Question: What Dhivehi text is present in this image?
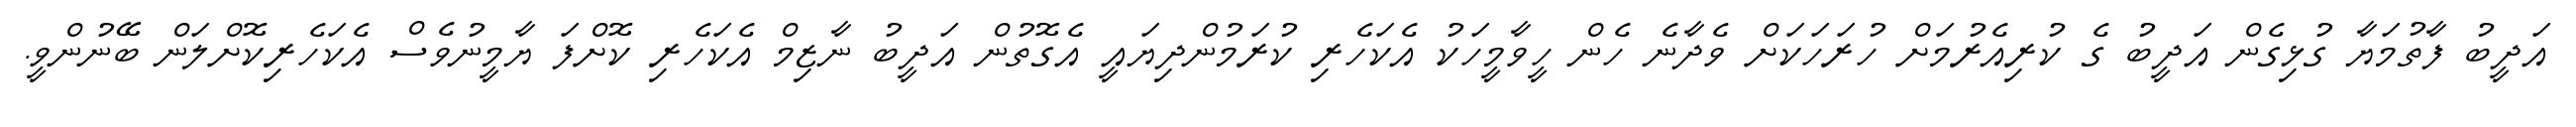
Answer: އަދީބު ފާތުމަޔާ ގުޅިގެން އަދީބު ގެ ކުރިއެރުމަށް ހުރަހަކަށް ވެދާނެ ހެން ހީވާމީހަކު އެކަހެރި ކުރަމުންދިޔައީ އެގޮތުން އަދީބު ނާޒިމް އެކަހެރި ކޮށްފަ ޔާމީނުވެސް އެކަހެރިކޮށްލަން ބޭނުންވީ.